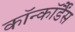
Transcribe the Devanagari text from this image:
कॉन्कॉर्डैंस